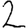
Digit: 2